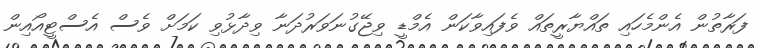
ފަރާތުން އެންމެހައި ތައްޔާރީތައް ވެފައިވާކަން އެމްޑީ ވިޖޭގުނަވަރުދަނާ ވިދާޅުވި ކަމަށް ވެސް އެސްޓީއޯއިން